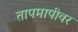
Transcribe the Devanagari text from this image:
तापमापीवर